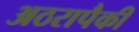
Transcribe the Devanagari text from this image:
अठरापैकी